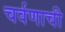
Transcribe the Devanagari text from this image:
चर्वणाची